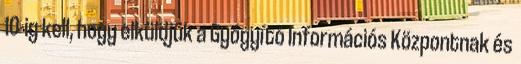
10-ig kell, hogy elküldjük a Gyógyító Információs Központnak és